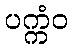
ပက္ကံဝ